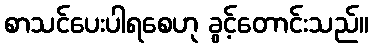
စာသင်ပေးပါရစေဟု ခွင့်တောင်းသည်။